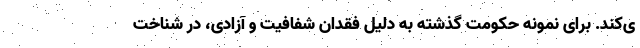
ی‌کند. برای نمونه حکومت گذشته به دلیل فقدان شفافیت و آزادی، در شناخت